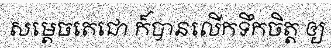
សម្តេចតេជោ ក៏បានលើកទឹកចិត្ត ឲ្យ